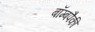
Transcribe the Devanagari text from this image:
बॉम्बपैकी